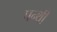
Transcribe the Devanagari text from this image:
पन्थी